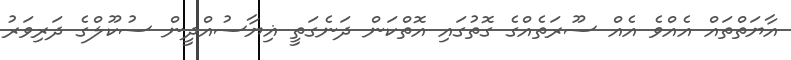
އާޔަތްތައް އެއްވެ އެއް ސޫރަތެއްގެ ގޮތުގައި އޮތްކަން ދަނެގަތީ ޣިޔާސުއްދީން ސުކޫލްގެ ދަރިވަރު